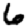
Digit: 6